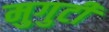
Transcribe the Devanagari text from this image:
मुगुटीं